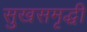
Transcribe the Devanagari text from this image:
सुखसमृद्धी